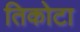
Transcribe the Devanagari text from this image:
तिकोटा